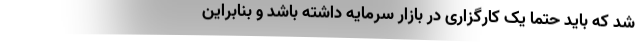
شد که باید حتماً یک کارگزاری در بازار سرمایه داشته باشد و بنابراین